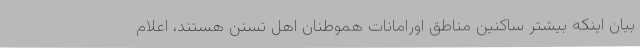
بیان اینکه بیشتر ساکنین مناطق اورامانات هموطنان اهل تسنن هستند، اعلام